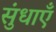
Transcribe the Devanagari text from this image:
सुंधाएँ